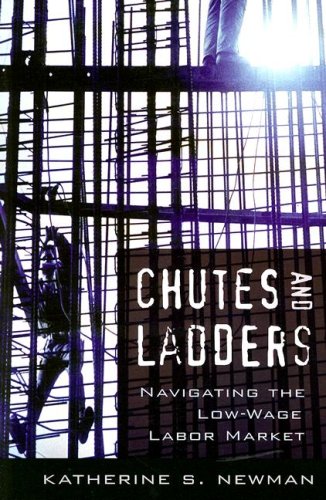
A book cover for Chutes and Ladders: Navigating the Low-Wage Labor Market; Katherine S. Newman; Business & Money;